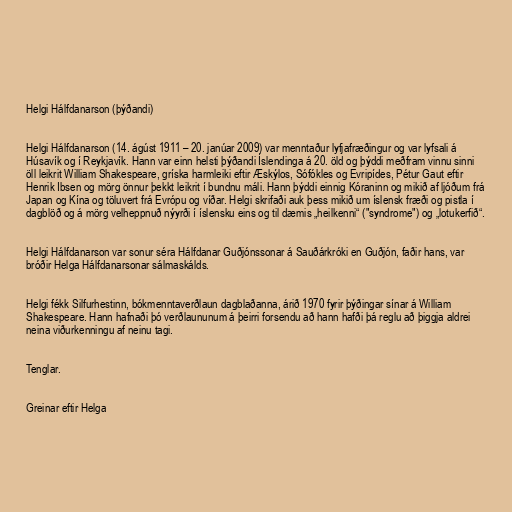
Helgi Hálfdanarson (þýðandi)

Helgi Hálfdanarson (14. ágúst 1911 – 20. janúar 2009) var menntaður lyfjafræðingur og var lyfsali á
Húsavík og í Reykjavík. Hann var einn helsti þýðandi Íslendinga á 20. öld og þýddi meðfram vinnu sinni
öll leikrit William Shakespeare, gríska harmleiki eftir Æskýlos, Sófókles og Evripídes, Pétur Gaut eftir
Henrik Ibsen og mörg önnur þekkt leikrit í bundnu máli. Hann þýddi einnig Kóraninn og mikið af ljóðum frá
Japan og Kína og töluvert frá Evrópu og víðar. Helgi skrifaði auk þess mikið um íslensk fræði og pistla í
dagblöð og á mörg velheppnuð nýyrði í íslensku eins og til dæmis „heilkenni“ ("syndrome") og „lotukerfið“.

Helgi Hálfdanarson var sonur séra Hálfdanar Guðjónssonar á Sauðárkróki en Guðjón, faðir hans, var
bróðir Helga Hálfdanarsonar sálmaskálds.

Helgi fékk Silfurhestinn, bókmenntaverðlaun dagblaðanna, árið 1970 fyrir þýðingar sínar á William
Shakespeare. Hann hafnaði þó verðlaununum á þeirri forsendu að hann hafði þá reglu að þiggja aldrei
neina viðurkenningu af neinu tagi.

Tenglar.

Greinar eftir Helga